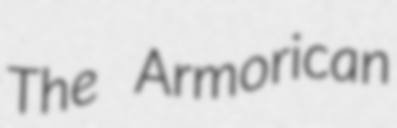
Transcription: The Armorican